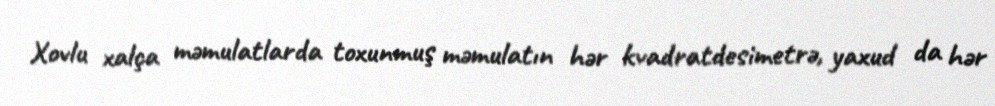
Xovlu xalça məmulatlarda toxunmuş məmulatın hər kvadratdesimetrə, yaxud da hər